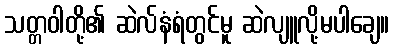
သတ္တဝါတို့၏ ဆဲလ်နံရံတွင်မူ ဆဲလျူလို့မပါချေ။